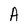
Character: A